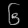
Digit: ၆